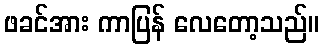
ဖခင်အား ကာပြန် လေတော့သည်။